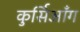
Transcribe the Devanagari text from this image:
कुर्सिआँग